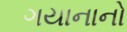
ગયાનાનો